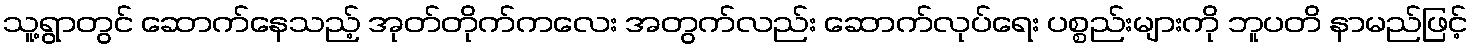
သူ့ရွာတွင် ဆောက်နေသည့် အုတ်တိုက်ကလေး အတွက်လည်း ဆောက်လုပ်ရေး ပစ္စည်းများကို ဘူပတိ နာမည်ဖြင့်